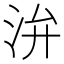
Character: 㳎